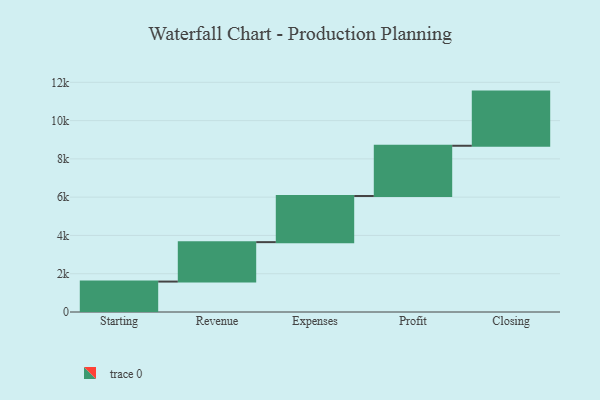
{"axis": {"x": "Step", "y": "Value"}, "legend": [""], "data": [{"x": "Starting", "y": 1590.0, "type": ""}, {"x": "Revenue", "y": 2060.0, "type": ""}, {"x": "Expenses", "y": 2410.0, "type": ""}, {"x": "Profit", "y": 2626.0, "type": ""}, {"x": "Closing", "y": 2830.0, "type": ""}]}